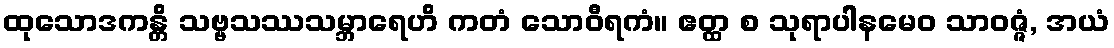
ထုသောဒကန္တိ သဗ္ဗသဿသမ္ဘာရေဟိ ကတံ သောဝီရကံ။ ဧတ္ထ စ သုရာပါနမေဝ သာဝဇ္ဇံ, အယံ